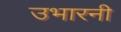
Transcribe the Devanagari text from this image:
उभारनी